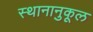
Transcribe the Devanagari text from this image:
स्थानानुकूल